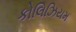
કોલિઝિયમ